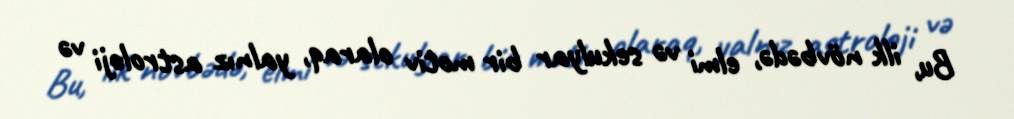
Bu, ilk növbədə, elmi və sekulyar bir motiv olaraq, yalnız astroloji və